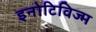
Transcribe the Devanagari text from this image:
इनोटिविज्म